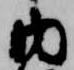
内